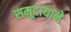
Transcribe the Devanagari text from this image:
समूदायाने